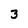
Character: 3